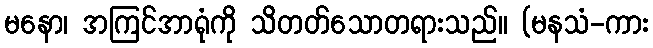
မနော၊ အကြင်အာရုံကို သိတတ်သောတရားသည်။ (မနသံ-ကား